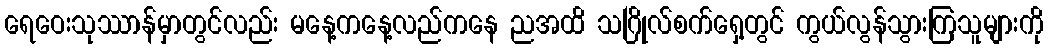
ရေဝေးသုဿာန်မှာတွင်လည်း မနေ့ကနေ့လည်ကနေ ညအထိ သဂြိုလ်စက်ရှေ့တွင် ကွယ်လွန်သွားကြသူများကို